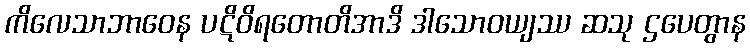
ကိလေသာဘာဝေန ပဋိဝိရတောတိအာဒိ ဒါသောဝယျဿ ဆသု ဌပေတွာန